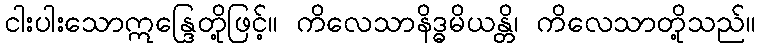
ငါးပါးသောဣန္ဒြေတို့ဖြင့်။ ကိလေသာနိဒ္ဓမိယန္တိ၊ ကိလေသာတို့သည်။